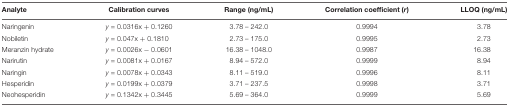
<table><thead><tr><td><b>Analyte</b></td><td><b>Calibration curves</b></td><td><b>Range (ng/mL)</b></td><td><b>Correlation coefficient (<i>r</i>)</b></td><td><b>LLOQ (ng/mL)</b></td></tr></thead><tbody><tr><td>Naringenin</td><td><i>y</i> = 0.0316x + 0.1260</td><td>3.78 – 242.0</td><td>0.9994</td><td>3.78</td></tr><tr><td>Nobiletin</td><td><i>y</i> = 0.047x + 0.1810</td><td>2.73 – 175.0</td><td>0.9995</td><td>2.73</td></tr><tr><td>Meranzin hydrate</td><td><i>y</i> = 0.0026x - 0.0601</td><td>16.38 – 1048.0</td><td>0.9987</td><td>16.38</td></tr><tr><td>Narirutin</td><td><i>y</i> = 0.0081x + 0.0167</td><td>8.94 – 572.0</td><td>0.9999</td><td>8.94</td></tr><tr><td>Naringin</td><td><i>y</i> = 0.0078x + 0.0343</td><td>8.11 – 519.0</td><td>0.9996</td><td>8.11</td></tr><tr><td>Hesperidin</td><td><i>y</i> = 0.0199x + 0.0379</td><td>3.71 – 237.5</td><td>0.9998</td><td>3.71</td></tr><tr><td>Neohesperidin</td><td><i>y</i> = 0.1342x + 0.3445</td><td>5.69 – 364.0</td><td>0.9999</td><td>5.69</td></tr></tbody></table>